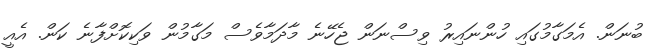
ބުނަން. އެމަގާމުގައި ހުންނައިރު ވިސްނަން ޖެހޭނެ މާދަމާވެސް މަގާމުން ވަކިކޮށްފާނެ ކަން. އެއީ